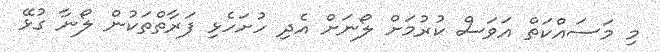
މި މަސައްކަތް އަވަސް ކުރުމަށް ލޯނަށް އެދި ހުށަހެޅި ފަރާތްތަކުން ލޯނާ ގުޅޭ